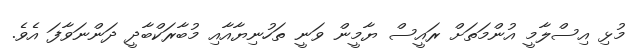
މުޅި އިސްލާމީ އުންމަތަށް ރައީސް ޔާމީން ވަނީ ތަހުނިޔާއާއި މުބާރަކްބާދީ ދަންނަވާފަ އެވެ.